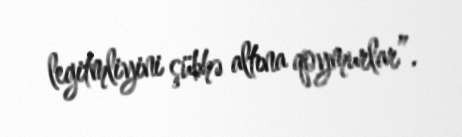
legitmliyini şübhə altına qoymurlar”.